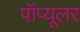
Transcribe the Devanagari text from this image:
पॉप्यूलर